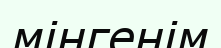
мінгенім